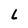
Character: L